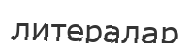
литералар